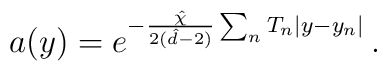
a(y) = e^{-\frac{\hat{\chi}}{2(\hat{d}-2)}\sum_{n} T_{n} |y-y_{n}|}\, .